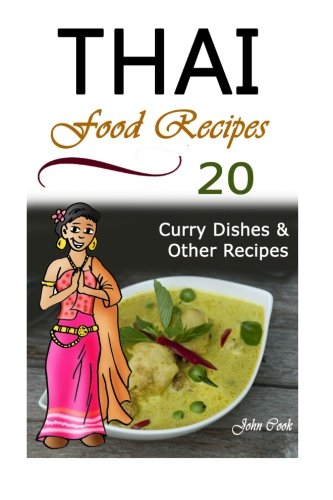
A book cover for Thai Food Recipes: (Thai Cuisine, Thai Food, Thai Cooking, Thai Meals, Thai Kitchen, Thai Recipes, Thai Curry, Thai Dishes); John Cook; Cookbooks, Food & Wine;